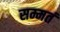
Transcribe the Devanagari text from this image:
सम्मतं